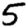
Digit: 5